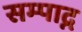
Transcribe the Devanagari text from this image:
सम्पाद्न